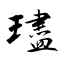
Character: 璶